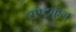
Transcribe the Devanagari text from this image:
राष्‍ट्रकुल